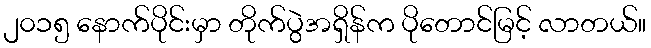
၂၀၁၅ နောက်ပိုင်းမှာ တိုက်ပွဲအရှိန်က ပိုတောင်မြင့် လာတယ်။